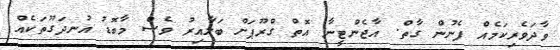
ވާދަވެރިކަމެއް ފެނުން ގާތް. އާޖެންޓީނާ އޮތް ގްރޫޕަށް ބަލާއިރު ވެސް މާބޮޑު އުނދަގޫތަކެއް